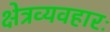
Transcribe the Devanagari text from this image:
क्षेत्रव्यवहारः